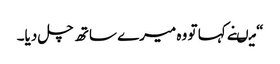
“ میںنے کہا تو وہ میرے ساتھ چل دیا۔